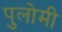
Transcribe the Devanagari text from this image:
पुलोमी